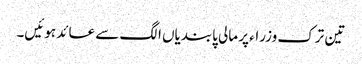
تین ترک وزراء پر مالی پابندیاں الگ سے عائد ہوئیں۔